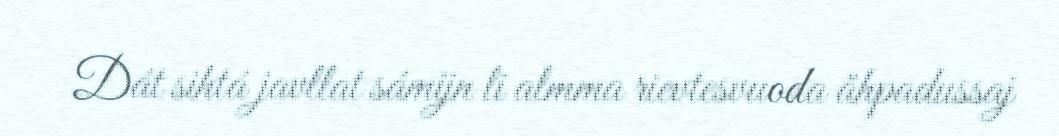
Dát sihtá javllat sámijn li almma rievtesvuoda åhpadussaj